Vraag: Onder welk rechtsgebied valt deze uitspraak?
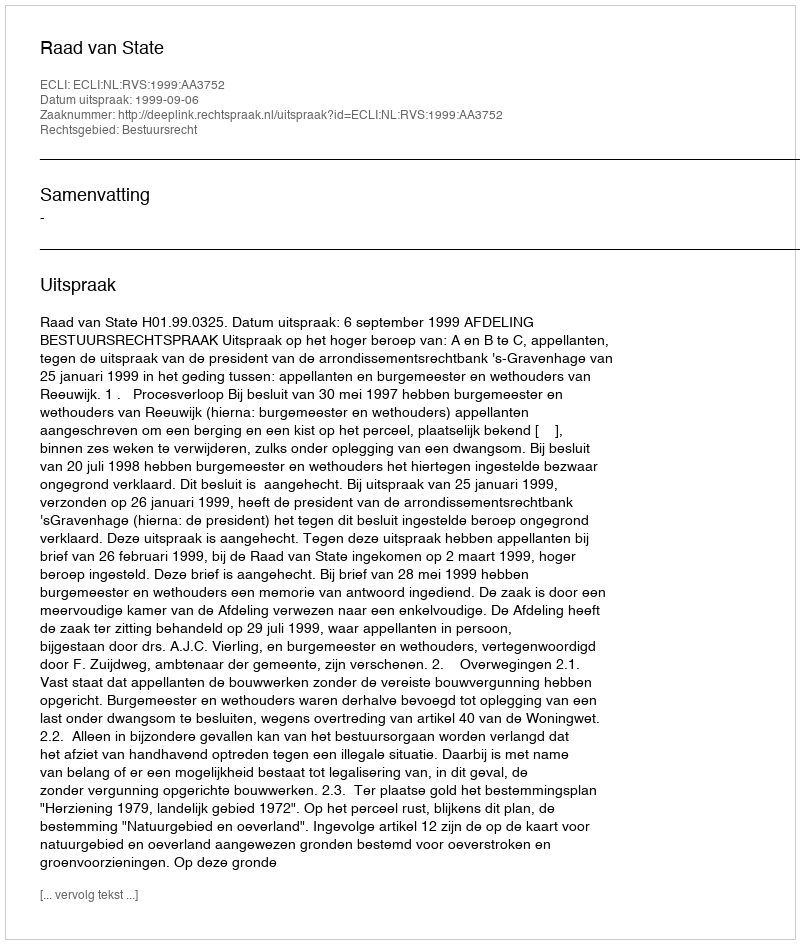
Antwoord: Bestuursrecht